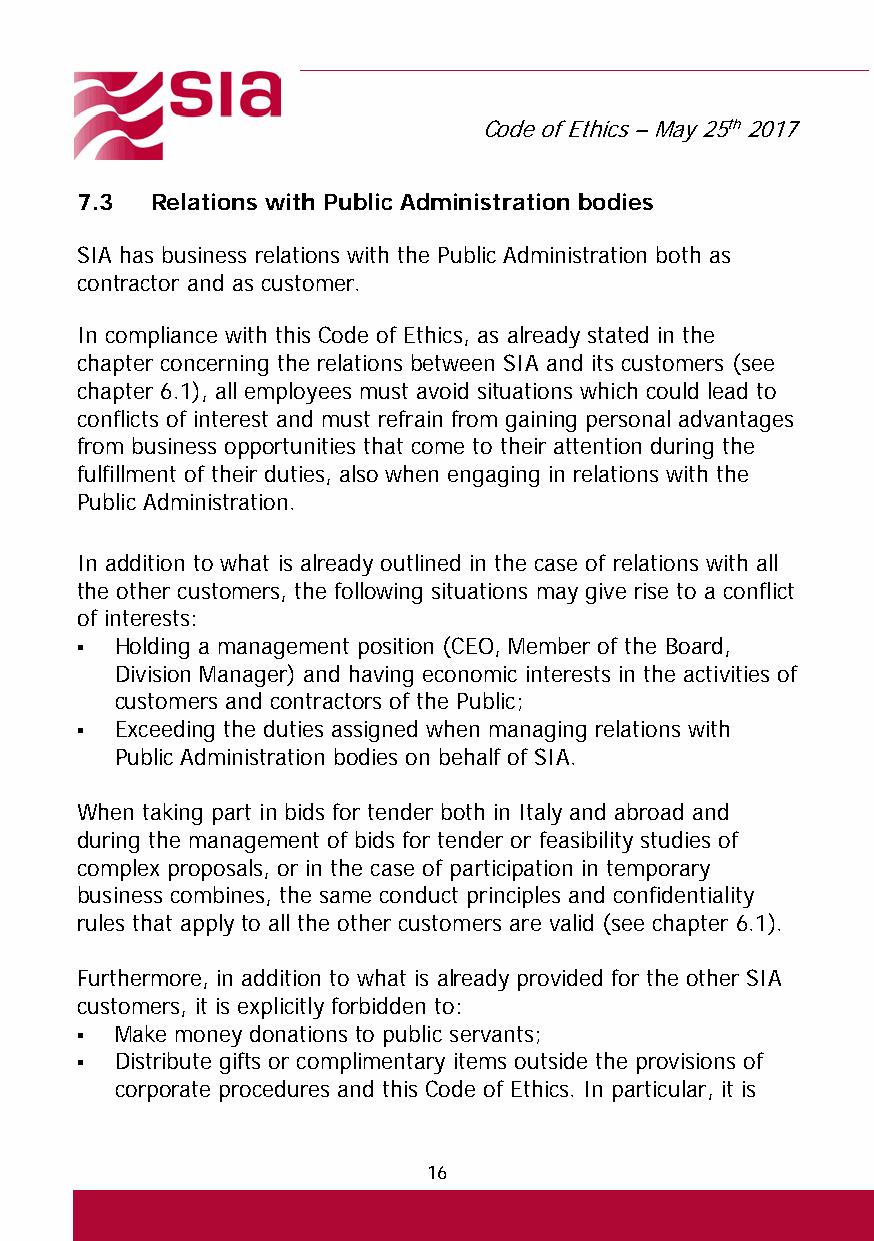
Code of Ethics – May 25th 2017
 7.3  Relations with Public Administration bodies
 SIA has business relations with the Public Administration both as
 contractor and as customer.
 In compliance with this Code of Ethics, as already stated in the
 chapter concerning the relations between SIA and its customers (see
 chapter 6.1), all employees must avoid situations which could lead to
 conflicts of interest and must refrain from gaining personal advantages
 from business opportunities that come to their attention during the
 fulfillment of their duties, also when engaging in relations with the
 Public Administration.
 In addition to what is already outlined in the case of relations with all
 the other customers, the following situations may give rise to a conflict
 of interests:
   Holding a management position (CEO, Member of the Board,
 Division Manager) and having economic interests in the activities of
 customers and contractors of the Public;
   Exceeding the duties assigned when managing relations with
 Public Administration bodies on behalf of SIA.
 When taking part in bids for tender both in Italy and abroad and
 during the management of bids for tender or feasibility studies of
 complex proposals, or in the case of participation in temporary
 business combines, the same conduct principles and confidentiality
 rules that apply to all the other customers are valid (see chapter 6.1).
 Furthermore, in addition to what is already provided for the other SIA
 customers, it is explicitly forbidden to:
   Make money donations to public servants;
   Distribute gifts or complimentary items outside the provisions of
 corporate procedures and this Code of Ethics. In particular, it is
 16